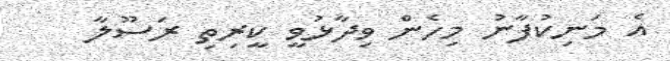
އެ މަނިކުފާނު މިހެން ވިދާޅުވީ ކީރިތި ރަސޫލާ